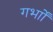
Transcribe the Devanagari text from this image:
गर्भाों